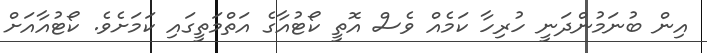
އިން ބުނަމުންދަނީ ހުރިހާ ކަމެއް ވެސް އޮތީ ކޯޓުއާގެ އަތްމަތީގައި ކަމަށެވެ. ކޯޓުއާއަށް